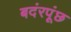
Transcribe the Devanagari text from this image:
बदंरपूंछ